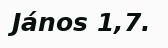
János 1,7.